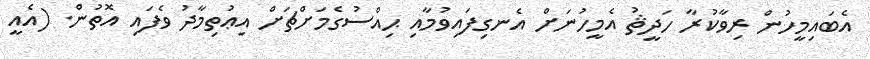
އެބައިމީހުން ރިވާކުރާ ހަދީޘު އެމީހުނަށް އެނގިފައިވުމާއި ޙިއްސުގެމަށްޗަށް އިޢުތިމާދު ވެފައި އޮތުން. (އެއީ